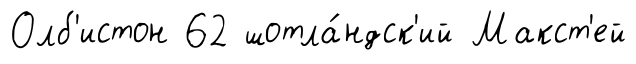
Олб'истон 62 шотла́ндск'ий Макст'ей